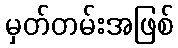
မှတ်တမ်းအဖြစ်